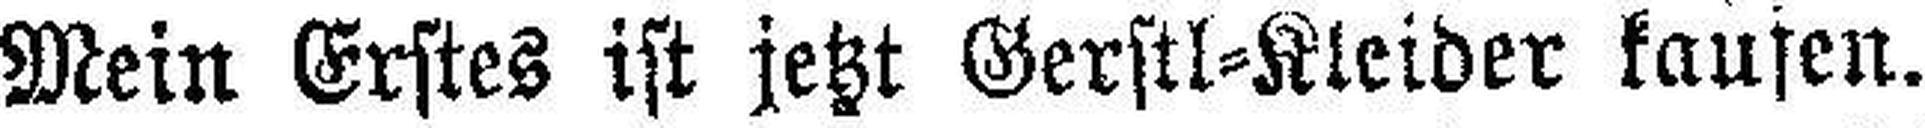
Mein Erstes ist jetzt Gerstl-Kleider kaufen.